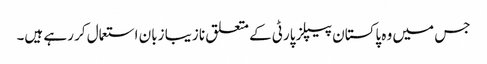
جس میں وہ پاکستان پیپلز پارٹی کے متعلق نا زیبا زبان استعمال کر رہے ہیں۔